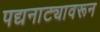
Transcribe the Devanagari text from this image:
पद्यनाट्यावरून